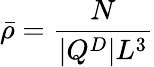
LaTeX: \bar{\rho}=\frac{N}{|Q^{D}|L^{3}}